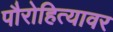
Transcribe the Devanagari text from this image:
पौरोहित्यावर